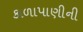
કાળાપાણીની